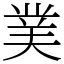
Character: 菐